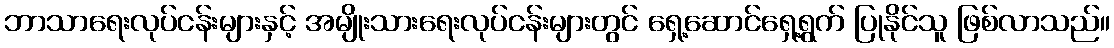
ဘာသာရေးလုပ်ငန်းများနှင့် အမျိုးသားရေးလုပ်ငန်းများတွင် ရှေ့ဆောင်ရှေ့ရွက် ပြုနိုင်သူ ဖြစ်လာသည်။